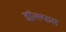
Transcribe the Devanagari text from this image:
डॉल्ल्फस